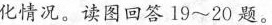
化情况。读图回答19~20题。